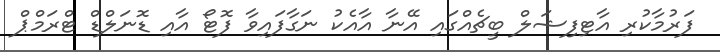
ފަރުމާކުރި އާޓިފިޝަލް ބީޗެއްގައި އޭނާ އާއެކު ނަގާފައިވާ ފޮޓޯ އާއި ޑޮނަލްޑް ޓްރަމްޕް